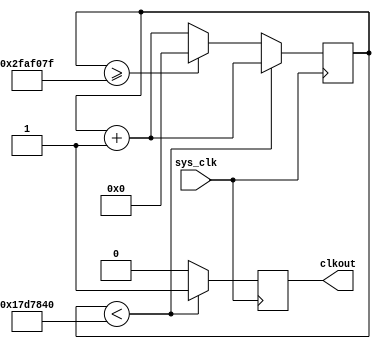
`timescale 1ns / 1ps
////////////////////////////////////////////////////////////////////////////////
// Company: 
// Engineer:
//
// Design Name:    
// Module Name:    clk_divisor
// Project Name:   
// Target Device:  
// Tool versions:  
// Description:
//
// Dependencies:
// 
// Revision:
// Revision 0.01 - File Created
// Additional Comments:
// 
////////////////////////////////////////////////////////////////////////////////
module clk_divisor (sys_clk, clkout);
    input sys_clk;
    output wire clkout;
    
    //parameter high = 10416, low = 10416; //50M,->2.4Khz
    parameter high = 25000000, low = 25000000; //50M,->2.4Khz
    reg [31:0] count_r;
    reg q;
    always @ (posedge sys_clk)
        begin
            if (count_r < high) 
                begin
                    count_r <= count_r+1'b1;
                    q <= 1;
                end
            else if (count_r >= high+low-1) 
                begin
                    q <= 0;
                    count_r <= 1'b0;
                end
            else
                begin
                    count_r <= count_r+1'b1;
                    q <= 0;
                end
        end
    
    assign clkout = q;

endmodule